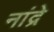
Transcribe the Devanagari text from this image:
नांद्रे